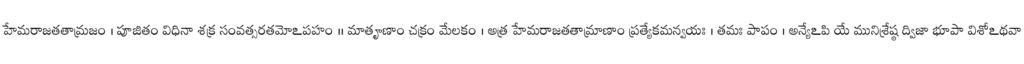
హేమరాజతతామ్రజం । పూజితం విధినా శక్ర సంవత్సరతమోఽపహం ।। మాతౄణాం చక్రం మేలకం । అత్ర హేమరాజతతామ్రాణాం ప్రత్యేకమన్వయః । తమః పాపం । అన్యేఽపి యే మునిశ్రేష్ఠ ద్విజా భూపా విశోఽథవా